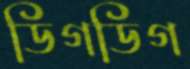
ডিগডিগ